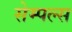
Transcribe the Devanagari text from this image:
सेम्पल्स